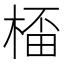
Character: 𣕨